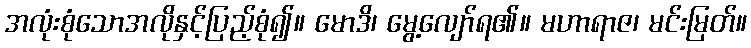
အလုံးစုံသောအလိုနှင့်ပြည့်စုံ၍။ မောဒိ၊ မွေ့လျော်ရ၏။ မဟာရာဇ၊ မင်းမြတ်။